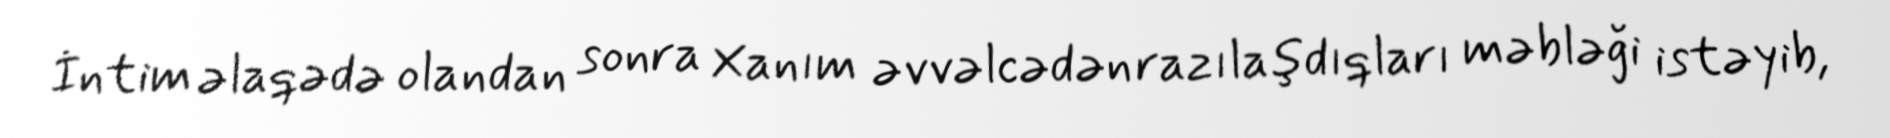
İntim əlaqədə olandan sonra Xanım əvvəlcədən razılaşdıqları məbləği istəyib,